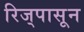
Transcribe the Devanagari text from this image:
रिज्‌पासून